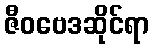
ဇီဝဗေဒဆိုင်ရာ